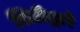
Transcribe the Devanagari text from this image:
सिटीद्वारे